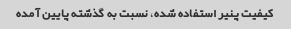
کیفیت پنیر استفاده شده، نسبت به گذشته پایین آمده